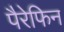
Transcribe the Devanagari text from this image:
पैरेफिन